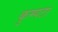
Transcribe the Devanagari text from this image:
कुम्पटा